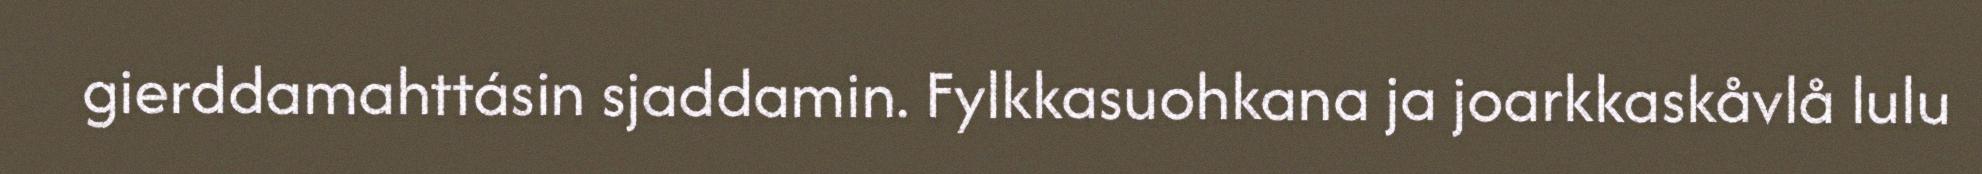
gierddamahttásin sjaddamin. Fylkkasuohkana ja joarkkaskåvlå lulu